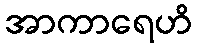
အာကာရေဟိ